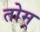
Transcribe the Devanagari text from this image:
तोम्